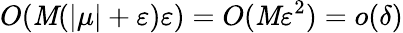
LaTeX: O(\mathit{M}(|\mu|+\varepsilon)\varepsilon)=O(\mathit{M}\varepsilon^{2})=o(\delta)